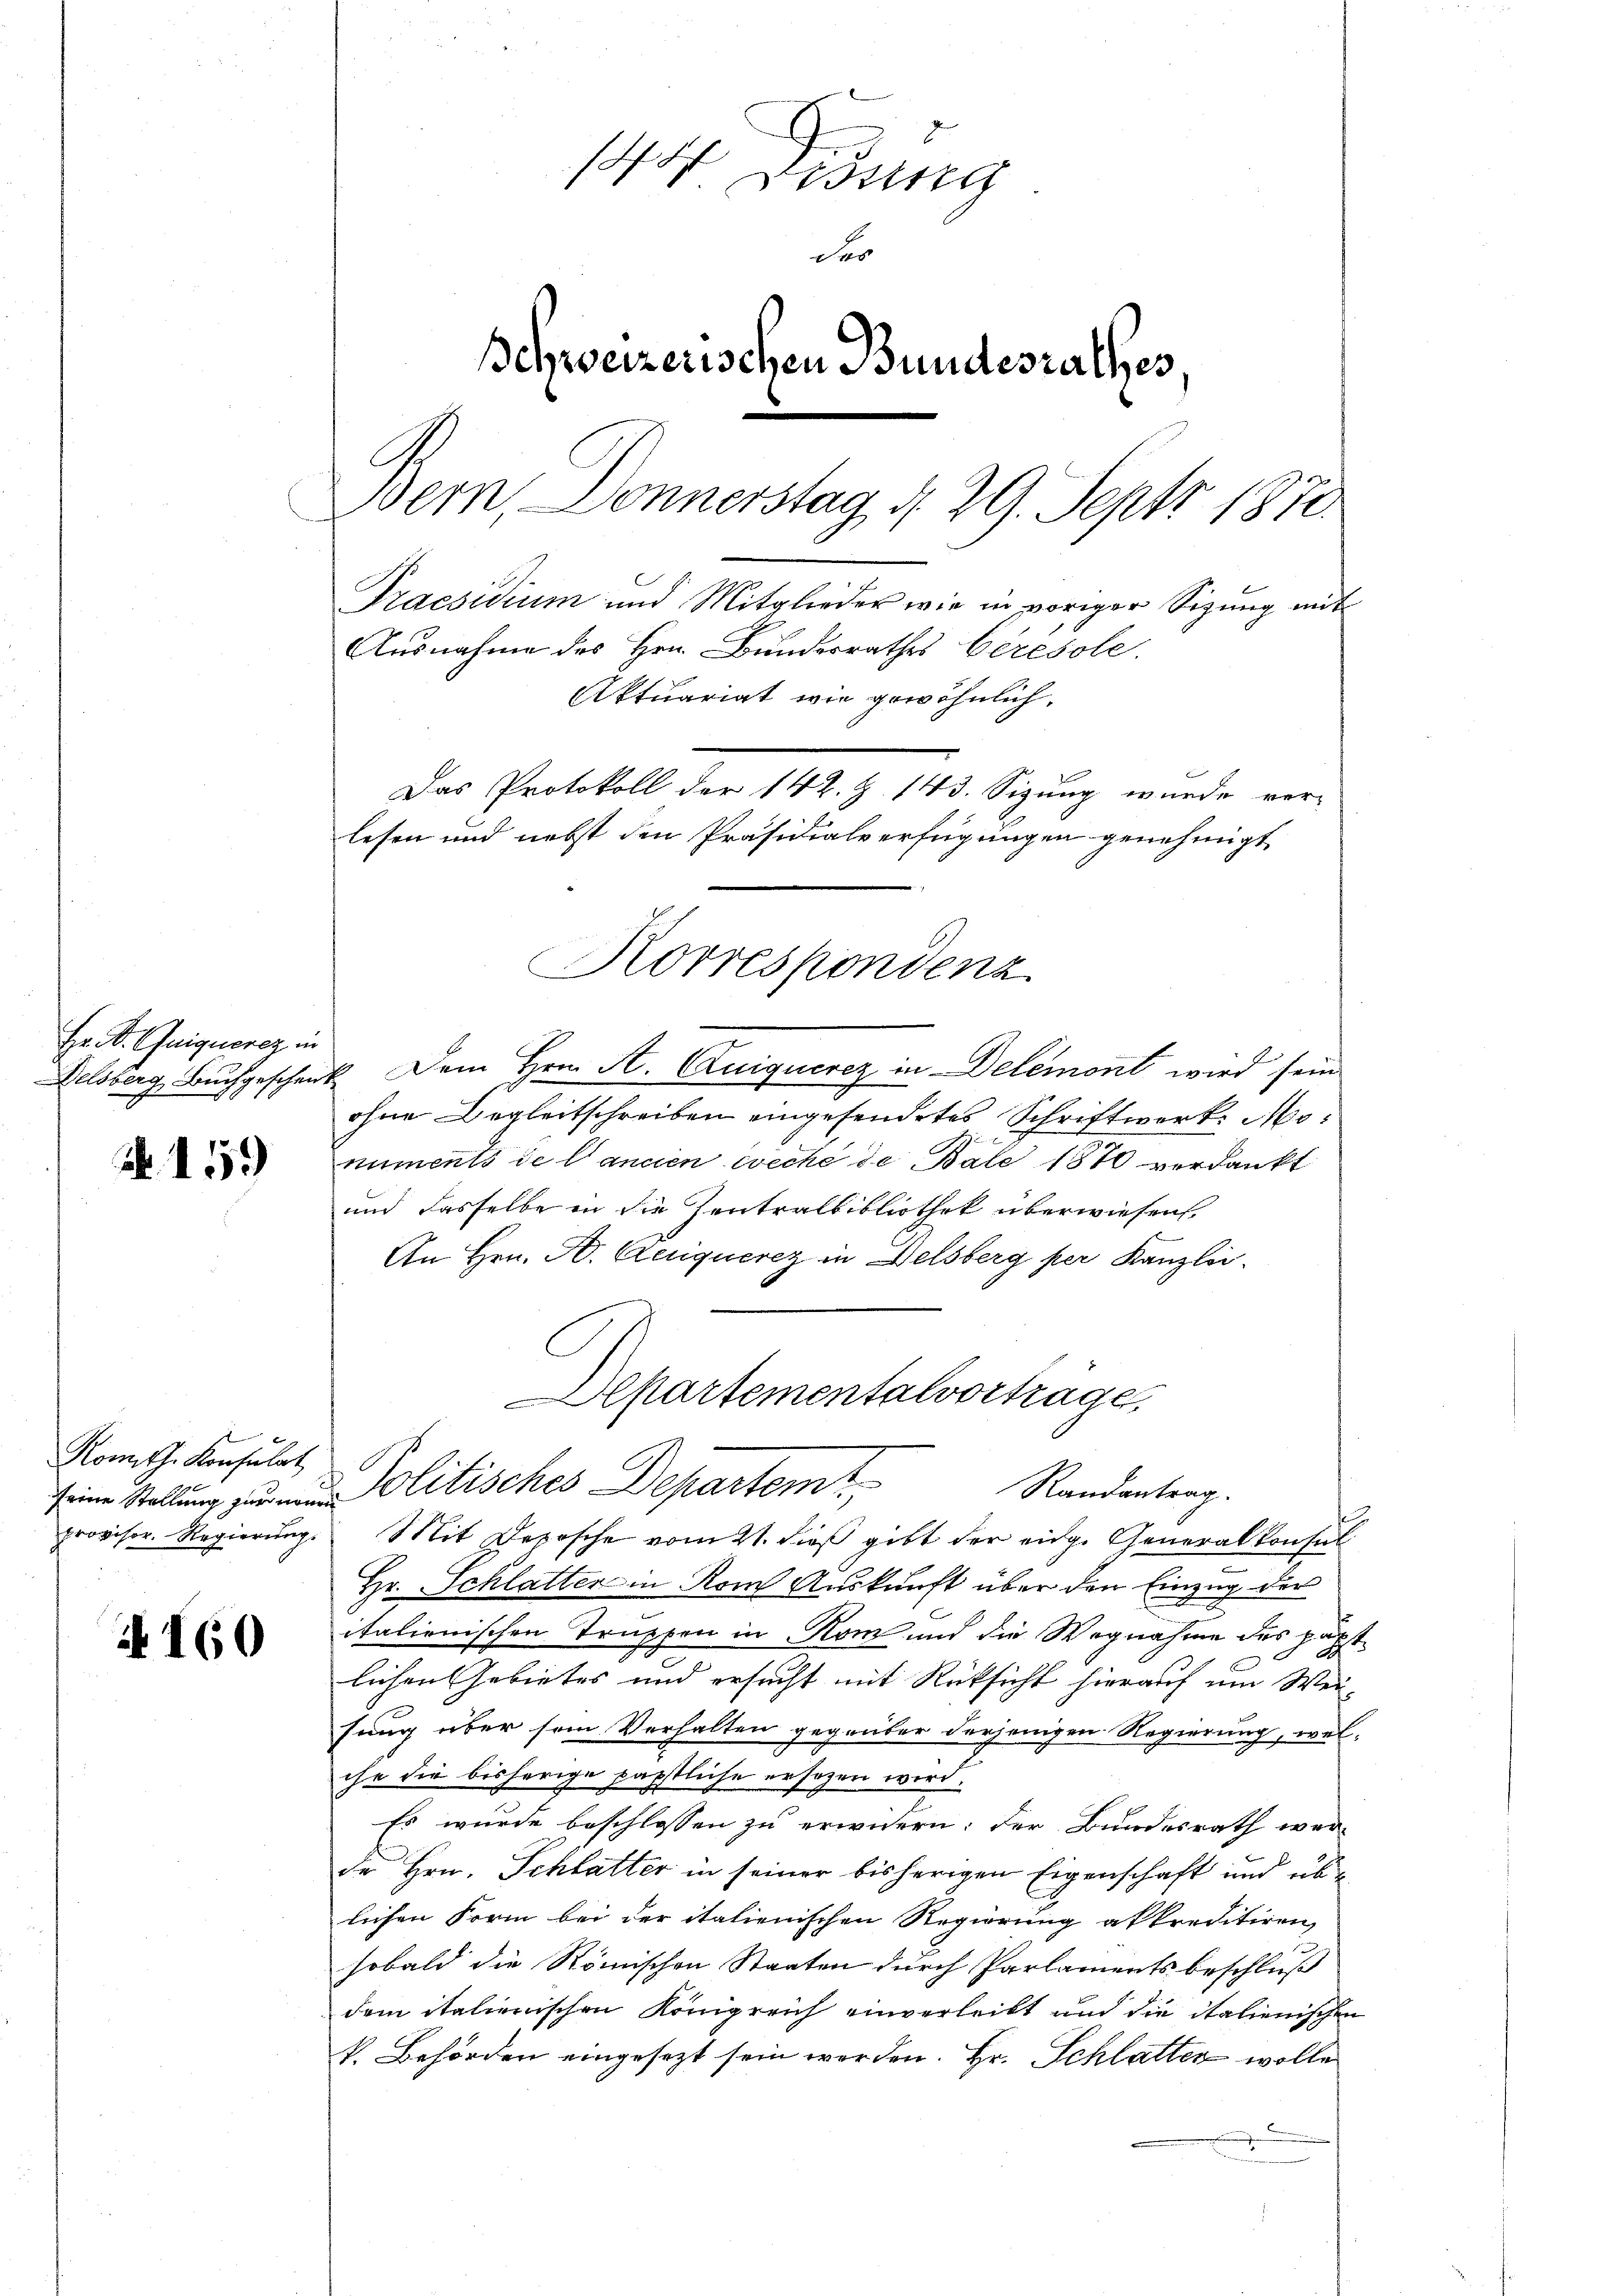
Hr. Dr. Guiquorez in
Belsberg, Buchgeschen

A 159

Komth. Konsulat
provisor. Regierŭng.

N 160

148
V. Bestig
der
Behweizerischen Bundesrathes
Bern Donnerstag d. 29. Sept 1870.
Praesidium und Mitglieder wir in voriger Sitzŭng mit
Ausnahme des Hrn. Bundesrathes Ceresole
Aktuariat wie gewöhnlich.
Das Protokoll der 142. Z. 143. Sizung wurde ver-
lesen und nebst den Präsidialverfügungen genehmigt

Korrespondenz

Dem Hrn. A. (Zuiqucrez in Delemont wird sein
ohne Begleitschreiben eingesendetes Schriftwerk. Monuments de Cancen wecke de Bale 1870 verdankt
und dasselbe in die Zentralbibliothek überwiesen.
An Hrn. H. Reliquerez in Delsberg per Kanzlei
Alpartementalvortrage,
seine Stellung zu ein Politisches Departem
Randantrag.
Mit Deposche vom 21. dieß gibt der eidg. Generalkonsul
Hr. Schlatter in Rom Auskunft über den Einzug der
italienischen Truppen in Rom und die Wegnahme des päpst
lichen Gebietes und ersucht mit Rücksicht hierauf um Weisung über sein Verhalten gegrüber derjenigen Regierung, welche die bisherige päpstliche ersagen wird.
Es wurde beschlossen zu erwidern; der Bundesrath werde Hrn. Schlatter in seiner bisherigen Eigenschaft und übe
lichen Form bei der italienischen Regierung akkreditiren,
sobald die Römischen Staaten durch Parlaments beschluß
dem italienischen Königreich einverleibt und die italienischen
k. Behörden eingesezt sein werden. Hr. Schlatten wolle